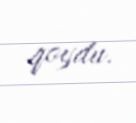
qoydu.